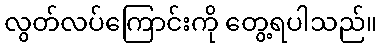
လွတ်လပ်ကြောင်းကို တွေ့ရပါသည်။